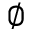
\emptyset